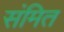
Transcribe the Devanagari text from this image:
संमित